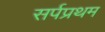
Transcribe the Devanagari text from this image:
सर्पप्रथम